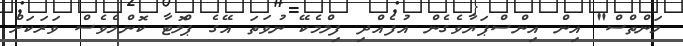
މަންތްސް" އިން އިންސްޕަޔާވެގެން އުފެއްދި ފިލްމެކޭ ނުވަތަ އޭގެ ޕްލޮޓާ ކޮންމެވެސް ވަރަކަށް